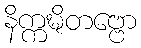
နိက္ကဍ္ဎိတဗ္ဗော